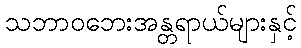
သဘာဝဘေးအန္တရာယ်များနှင့်